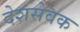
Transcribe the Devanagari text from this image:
देशसेवक